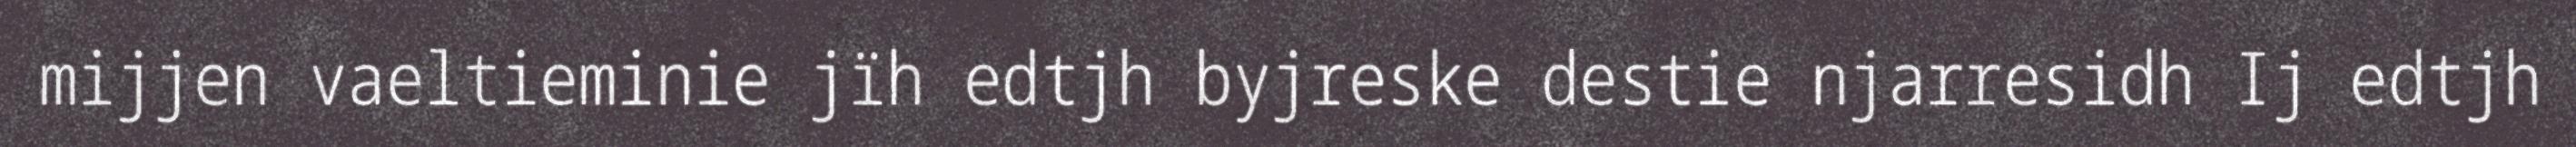
mijjen vaeltieminie jïh edtjh byjreske destie njarresidh Ij edtjh